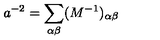
a ^ { - 2 } = \sum _ { \alpha \beta } ( M ^ { - 1 } ) _ { \alpha \beta }